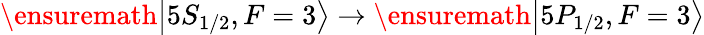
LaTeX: \ensuremath{\left\vert 5S_{1/2},F=3\right\rangle}\rightarrow\ensuremath{\left\vert 5P_{1/2},F=3\right\rangle}